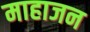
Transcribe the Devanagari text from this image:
माहाजन